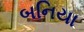
બનિયા